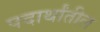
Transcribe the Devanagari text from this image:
पदार्थांतील